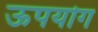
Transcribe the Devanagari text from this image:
ऊपयोग